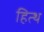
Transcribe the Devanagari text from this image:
हित्थ